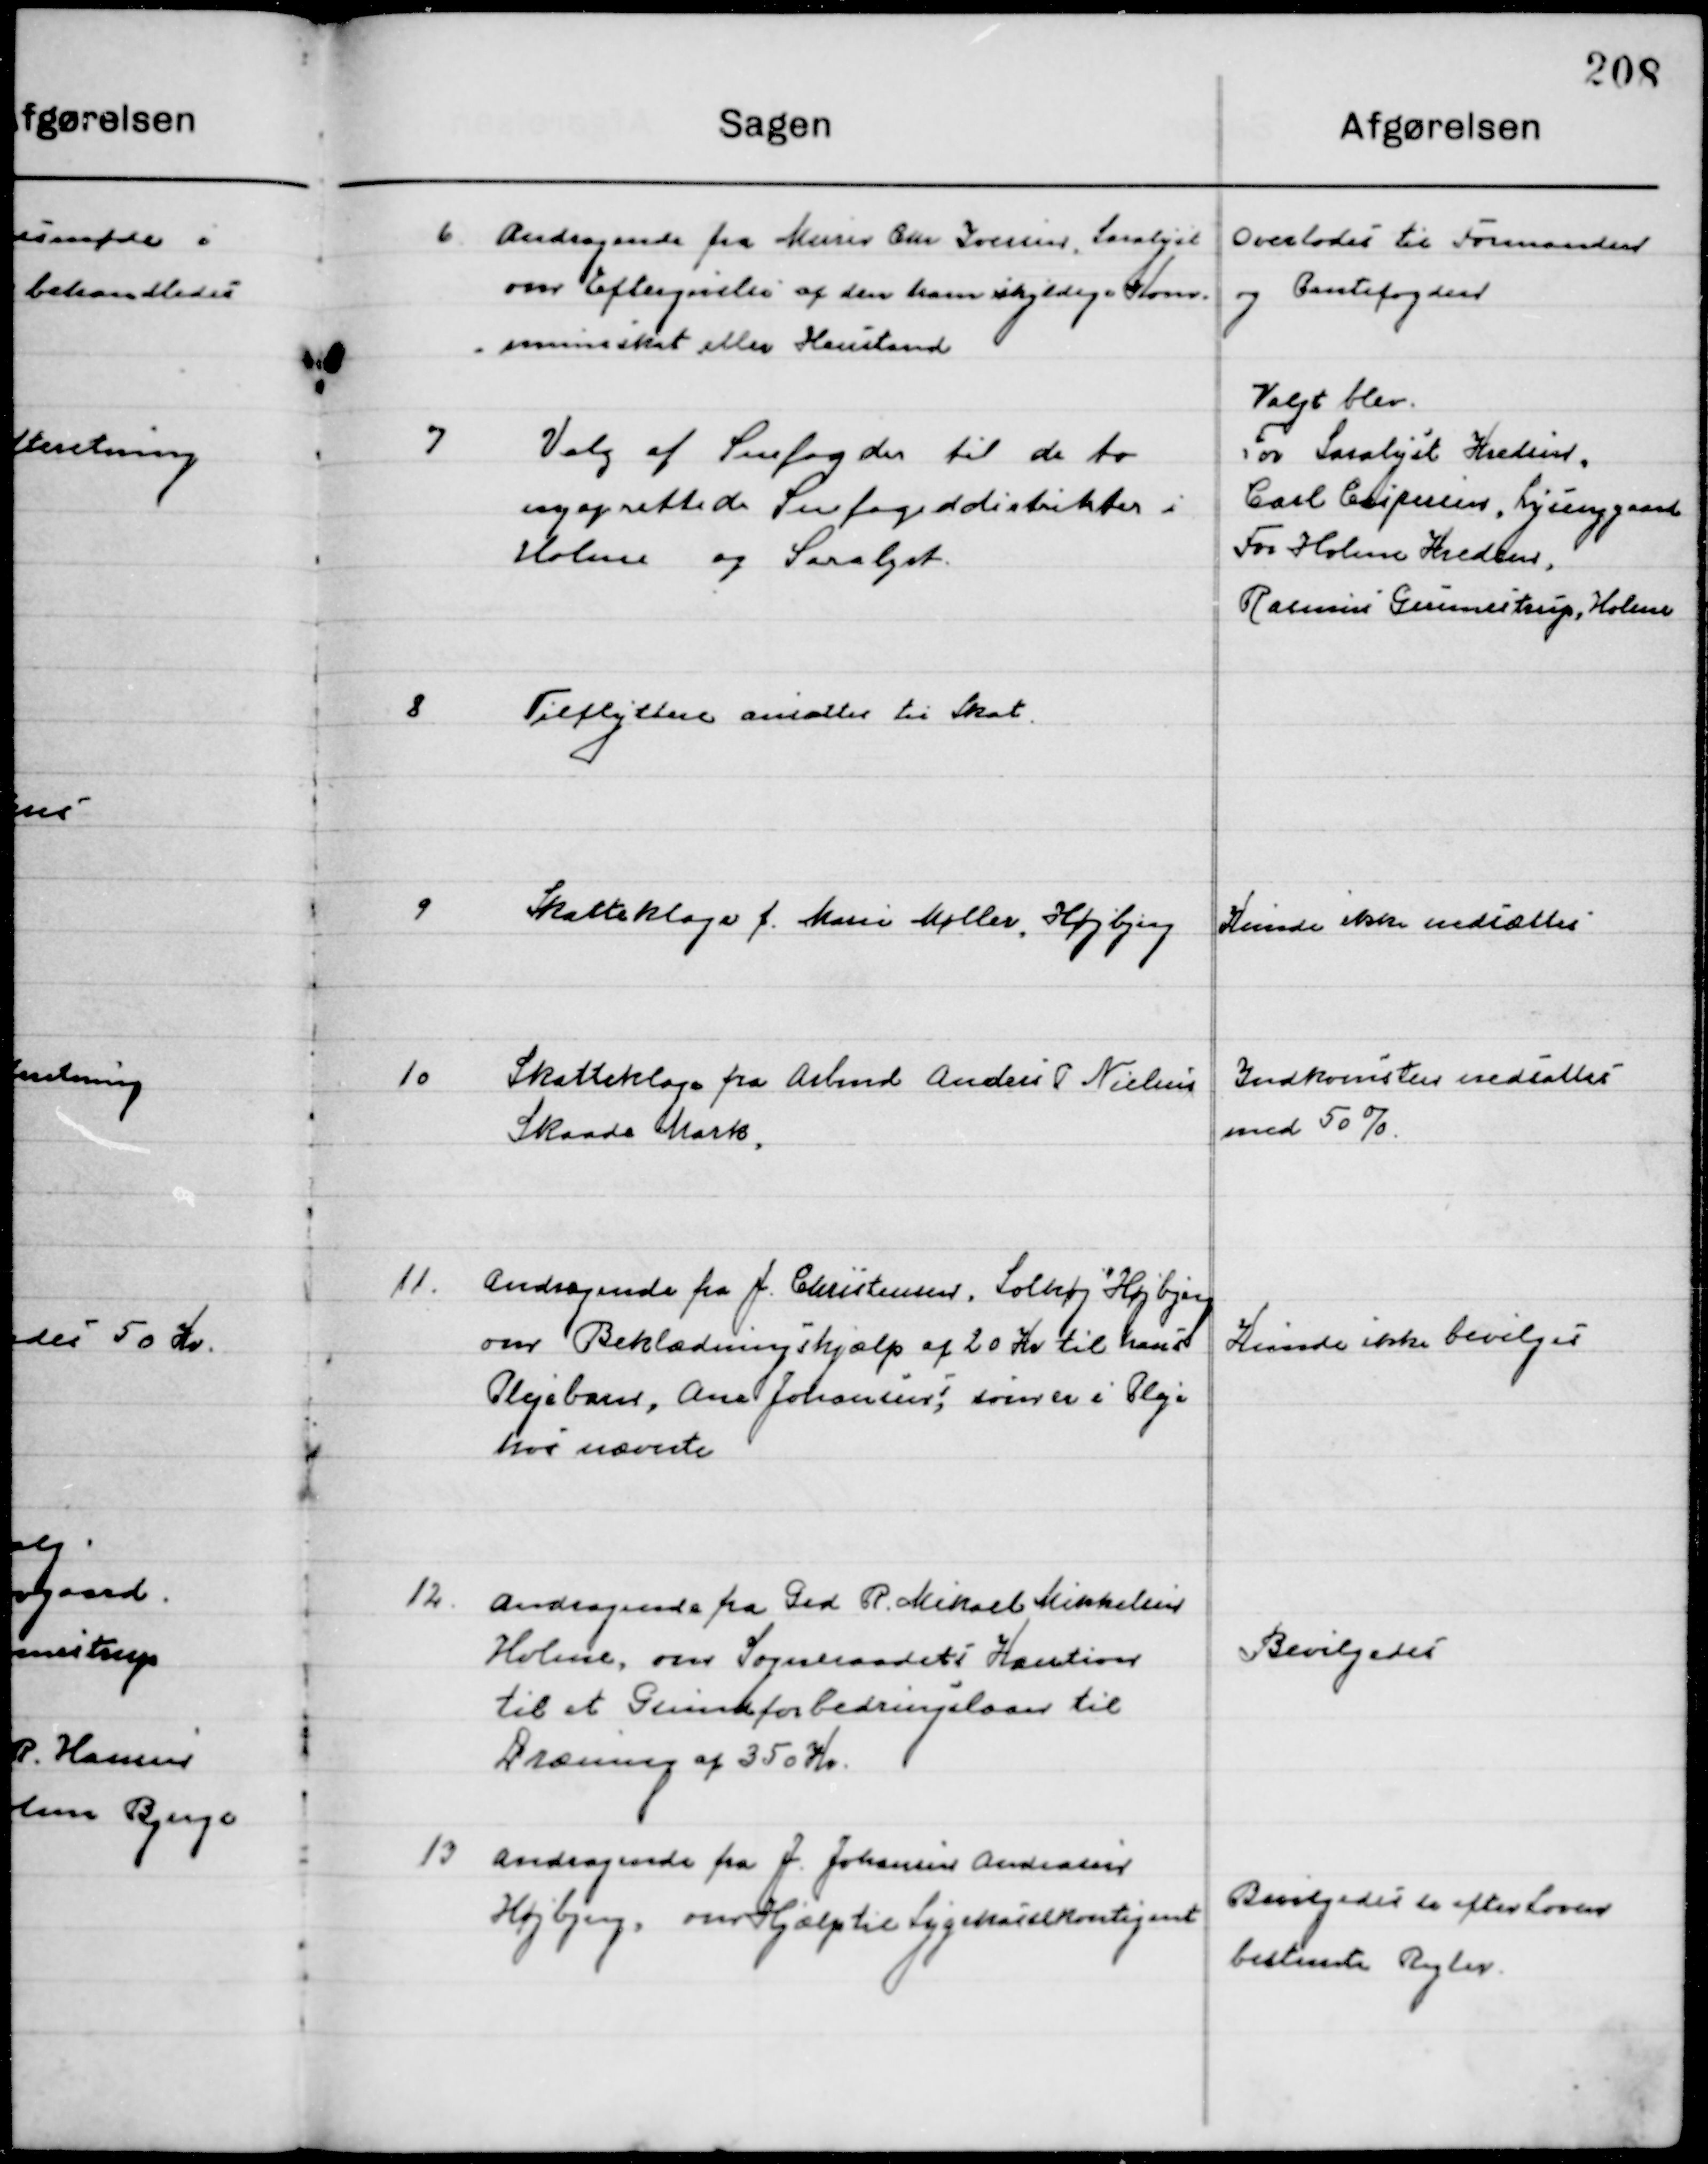
Transskription:
6

Andragende fra Murer Chr. Iversen, Saralyst
om Eftergivelse af den ham skyldige Kom-
muneskat eller Henstand

Overlodes til Formanden
og Pantefogden

7

Valg af Snefogder til de to
nyoprettede Snefogeddistrikter i
Holme og Saralyst.

Valgt blev
For Saralyst Kredsen
Carl Caspersen, Lysenggaard
For Holme Kredsen,
Rasmus Gunnestrup, Holme

8

Tilflyttere ansattes til Skat

9

Skatteklage f. Marie Møller, Højbjerg

Kunde ikke nedsættes

10

Skatteklage Arbmd. Anders P. Nielsen
Skaade Mark.

Indkomsten nedsattes
Med 50 %

11.

Andragende fra J. Christensen, Solhøj Højbjerg
om Beklædningshjælp af 20 Kr. til hans
Plejebarn, Ane Johansen, som er i Pleje 
hos nævnte.

Kunde ikke bevilges

12.

Andragende fra Grd. R. Mikael Mikkelsen
Holme, om Sogneraadets Kaution
Til et Grundforbedringslaan til
Dræning af 350 Kr.

Bevilgedes

13

Andragende fra J. Johannes Andreasen
Højbjerg, om Hjælp til Sygekassekontingent.

Bevilgedes efter Loven
bestemte Regler